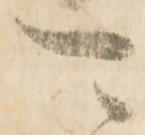
可